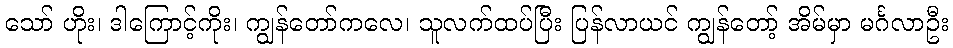
သော် ဟိုး၊ ဒါကြောင့်ကိုး၊ ကျွန်တော်ကလေ၊ သူလက်ထပ်ပြီး ပြန်လာယင် ကျွန်တော့် အိမ်မှာ မင်္ဂလာဦး